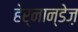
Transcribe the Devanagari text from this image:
हेर्नान्डेज़